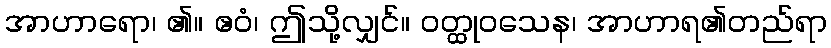
အာဟာရော၊ ၏။ ဧဝံ၊ ဤသို့လျှင်။ ဝတ္ထုဝသေန၊ အာဟာရ၏တည်ရာ